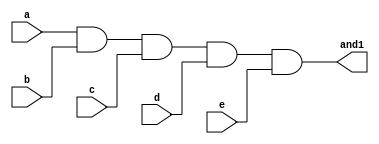
// circuito responsvel pelo caso aceito
module aceito(a, b, c, d, e, and1);
	// declarao das entradas e sadas
	input a, b, c, d, e;
	output and1;
	
	// lgica
	assign and1 = a & b & c & d & e;
	// um lote aceito possui todas as entradas em nvel lgico alto
endmodule